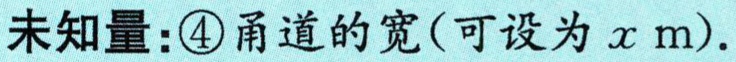
未知量：\textcircled{4}甬道的宽(可设为 \(x\mathrm{ m}\)).